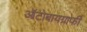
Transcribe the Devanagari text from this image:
ऑटोबायग्राफी